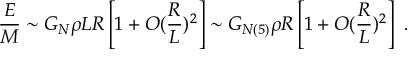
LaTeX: { \frac { E } { M } } \sim G _ { N } \rho L R \left[ 1 + O ( { \frac { R } { L } } ) ^ { 2 } \right] \sim G _ { N ( 5 ) } \rho R \left[ 1 + O ( { \frac { R } { L } } ) ^ { 2 } \right] ~ .